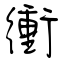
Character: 衝